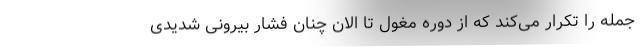
جمله را تکرار می‌کند که از دوره مغول تا الان چنان فشار بیرونی شدیدی